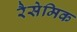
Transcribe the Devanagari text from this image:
रैसेमिक